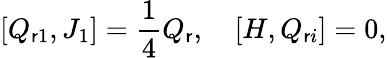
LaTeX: \lbrack{Q_{\mathsf{r}1},J_{1}}\rbrack=\frac{{1}}{{4}}Q_{\mathsf{r}},\quad\lbrack{H,Q_{\mathsf{r}i}}\rbrack=0,